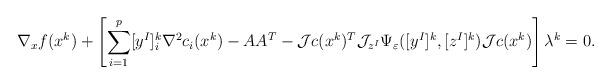
LaTeX: \begin{align*} \nabla_x f(x^k)+\left[\displaystyle \sum_{i=1}^p [y^I]^k_i\nabla^2c_i(x^k)-AA^T-{\cal J}c(x^k)^T{\cal J}_{z^I}\Psi_{\varepsilon}([y^I]^k,[z^I]^k){\cal J}c(x^k)\right]\lambda^k=0. \end{align*}